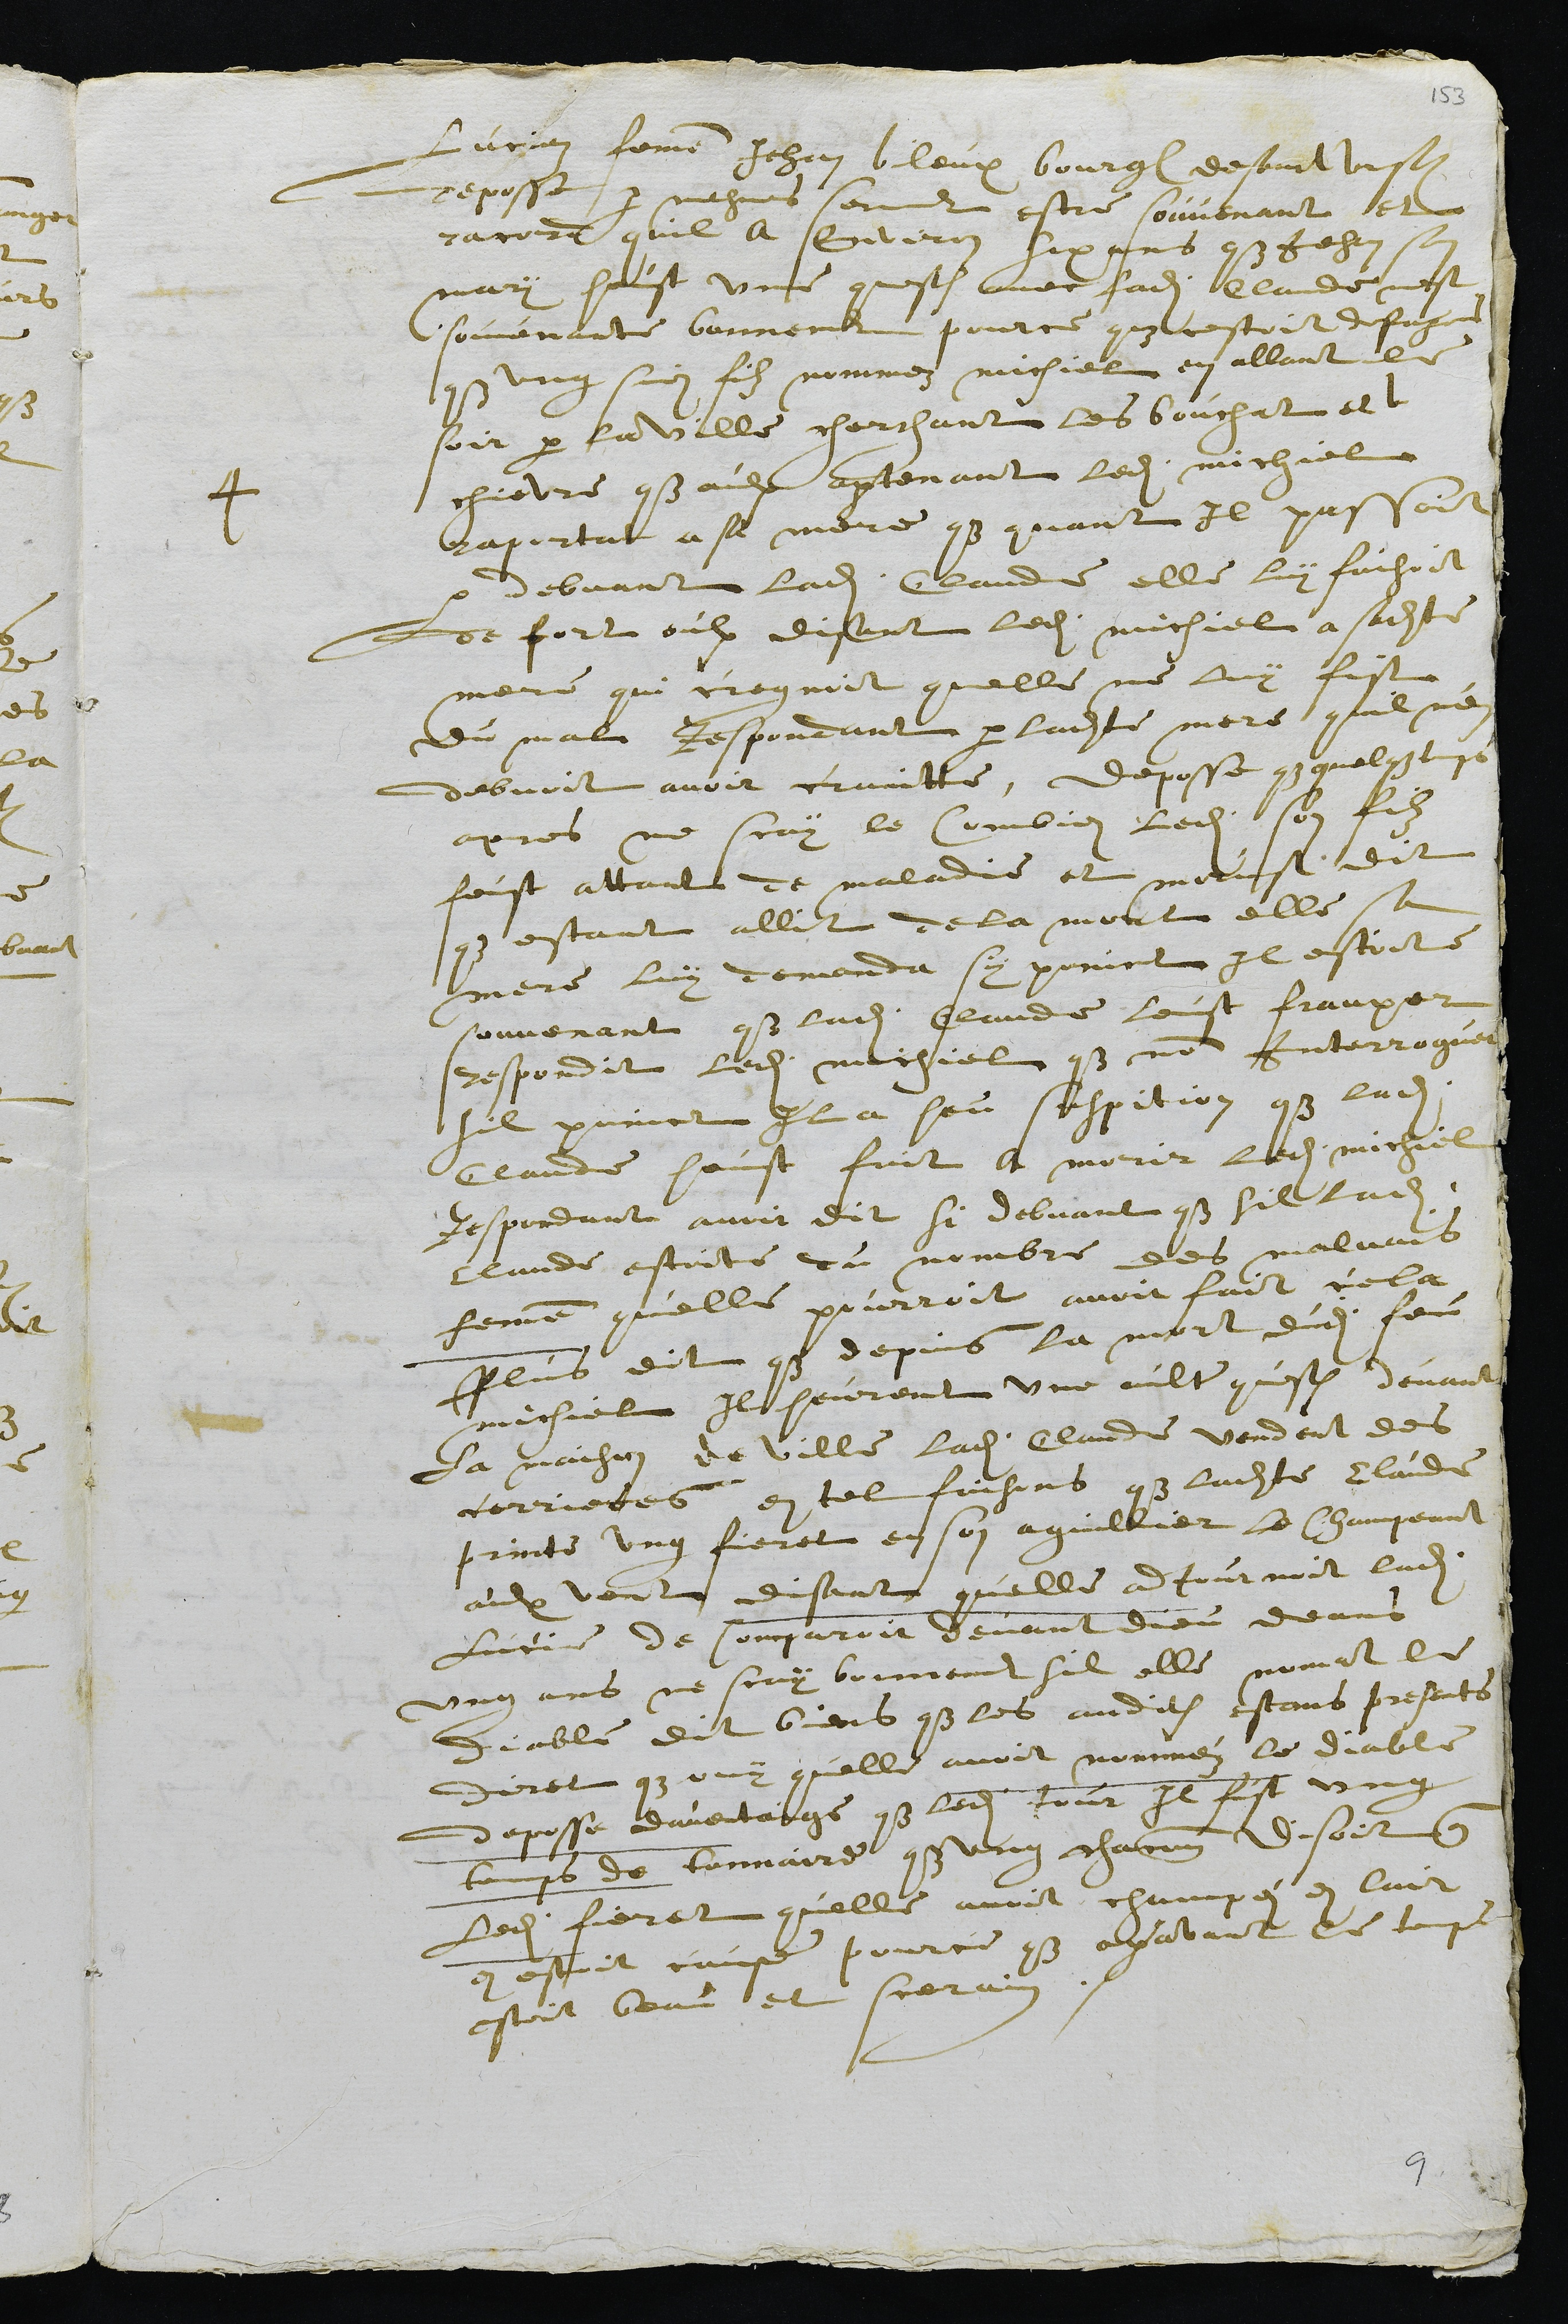
4
Lucien femme Jehan bileux bourgeois de sainct Ursanne
deposse par mesmes serment estre souvenant et
racord quil a environ six ans que Jehan son
mary heust une question avec ladite Claude nest
souvenante bonnement pource que cestoit desuges
que ung sien filz nommez michiel en allant le
soir par la ville cherchant les bouchat et
chievre que eulx apartenant ledit michiel
raportat a sa mere que quant il passoit
par debvant ladite Claude elle luy faisoit
de fort oulx disant ledit michiel a sadite
mere qui cregnoit quelle ne luy fist
du mal Respondant par ladite mere quil nen
debvoit avoit craintte, deposse que quelque temps
apres ne scay le Combien ledit son filz
feust attant de maladie et morust dit
que estant allit de la mort elle sa
mere luy demanda sy poinct il estoit
souvenant que ladite Claude leust frauper
respondit ledit michiel que non Interroguei
sil poinct Il a heu suspition que ladite
Claude heust fait a morir ledit michiel
Respondant avoit dit si debvant que sil ladite
Claude estoite du nombre des malvais
femme quelle pourroit avoir fait cela
Plus dit que depuis la mort dudit feu
michiel Il heurent une aultre question devant
La maison de ville ladite Claude vendent des
corrietes en tel faisons que ladite Claude
printe ung fieret en son aguillier le champeant
aulx vent disant quelle adjournoit ladite
Lucie de comparoir devant dieu deans
ung ans ne scay bonnement sil elle nomat le
diable dit biens que les audit estans presents
diret que ouy quelle avoit nomméz le diable
deposse daventaige que ledit jour il fist ung
temps de tonnaire que ung chacun disoit que
ledit fieret quelle avoit champéz en lair
en estoit cause pource que auparavant le temps
estoit beau et scerain.

9